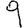
Digit: 9